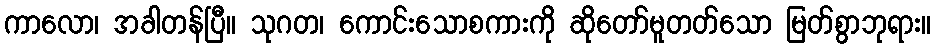
ကာလော၊ အခါတန်ပြီ။ သုဂတ၊ ကောင်းသောစကားကို ဆိုတော်မူတတ်သော မြတ်စွာဘုရား။